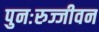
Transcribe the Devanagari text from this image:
पुनःरुज्जीवन